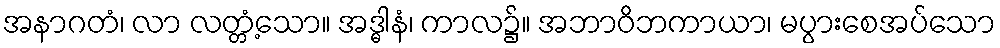
အနာဂတံ၊ လာ လတ္တံ့သော။ အဒ္ဓါနံ၊ ကာလ၌။ အဘာဝိဘကာယာ၊ မပွားစေအပ်သော